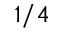
1 / 4